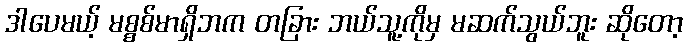
ဒါပေမယ့် မစ္စစ်မာရှိဘက တခြား ဘယ်သူ့ကိုမှ မဆက်သွယ်ဘူး ဆိုတော့